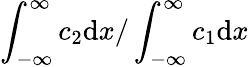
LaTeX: \int_{-\infty}^{\infty}c_{2}\mathrm{d}x/\int_{-\infty}^{\infty}c_{1}\mathrm{d}x